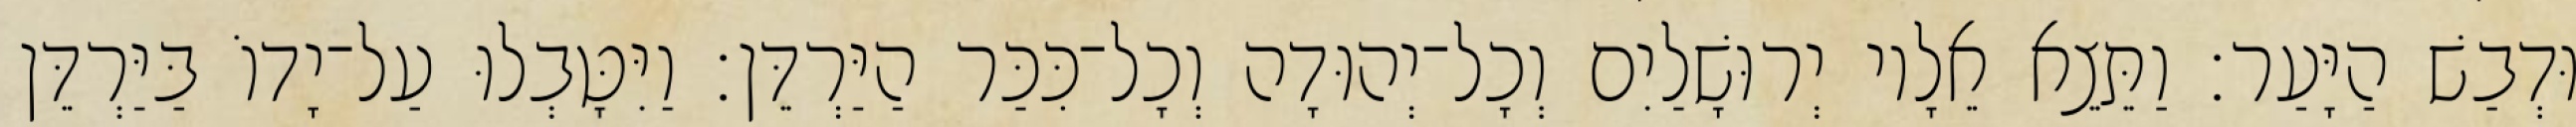
וּדְבַשׁ הַיָּעַר׃ וַתֵּצֵא אֵלָיו יְרוּשָׁלַיִם וְכָל־יְהוּדָה וְכָל־כִּכַּר הַיַּרְדֵּן׃ וַיִּטָּבְלוּ עַל־יָדוֹ בַּיַּרְדֵּן